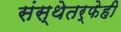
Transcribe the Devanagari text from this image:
संस्थेतर्फेही